Medical and sanitary report of the native army of Bengal for the year
Year: 1874
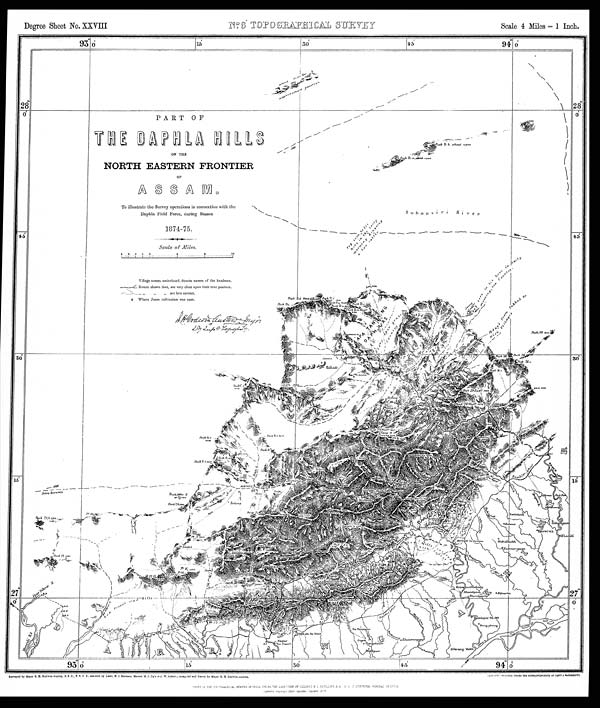
Degree Sheet No. XXVIII
Scale 4 Miles = 1 Inch.
PART OF
T H E D A P H L A H I L L S
ON THE
NORTH EASTERN FRONTIER
O F
A S S A M
To illustrate the Survey operations in connection with the
DapIda Field Force, during Season
1 8 7 4 - 7 5 .
Scale of Miles.